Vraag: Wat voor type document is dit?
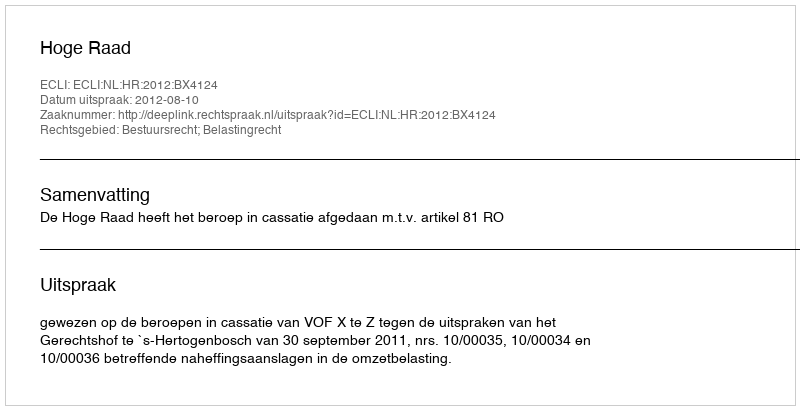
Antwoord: Uitspraak